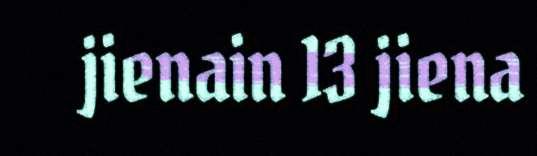
jienain 13 jiena